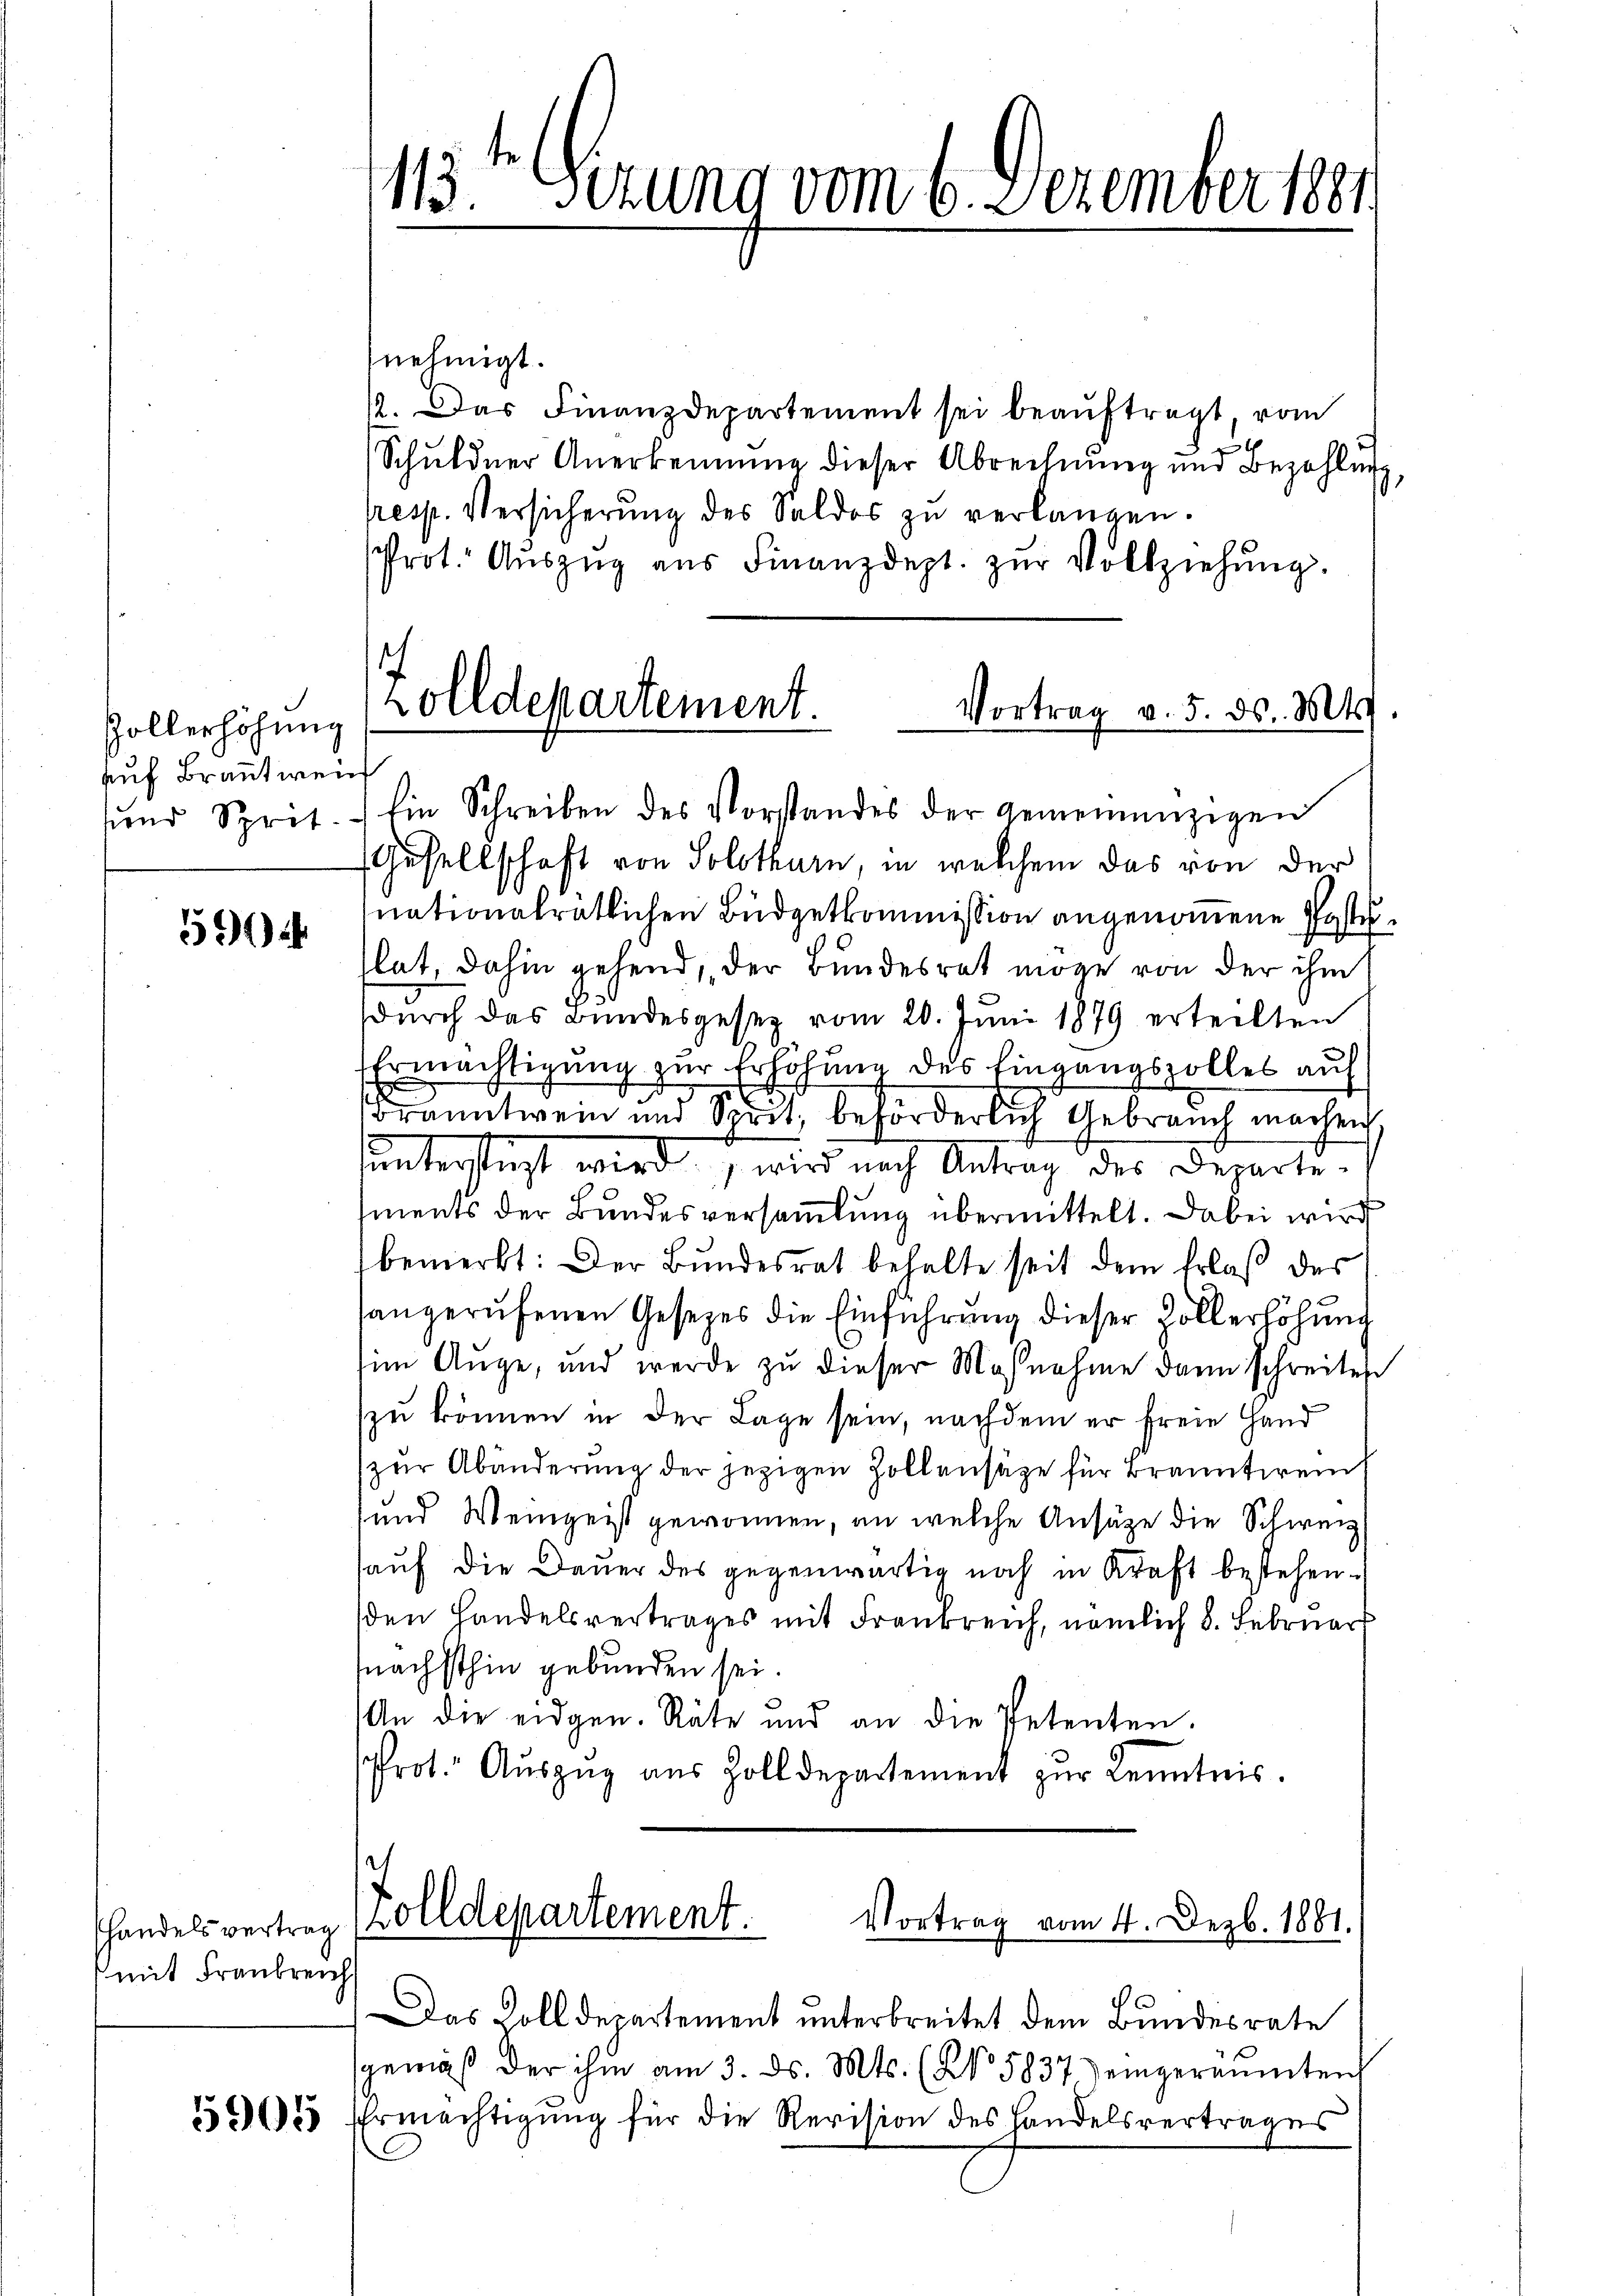
Zollerhöhung
Auf Branntweich

3)

mit Frankreich

113ten Gerung vom 6. Dezember 1881

nehmigt.
1. Das Finanzdepartement sei beaŭftragt, vom
Schŭldner Anerkennung dieser Abrechnŭng und Bezahlŭng
rresp. Versicherŭng des Saldos zŭ verlangen.
Prot. Auszug aus Finanzdept. zŭr Vollziehung.

olldepartement.
Vortrag v. 5. ds. Mts.

und Sprit. Ein Schreiben des Vorstandes der gemeinenzigen
Gesellschaft von Solothurn, in welchem das von der
nationalrätlichen Büdgetkommission angenommene Gasteflat, dahin gehend, der Bundesrat möge von der ihm
durch das Bundesgesetz vom 20. Juni 1879 erteilten
Ermächtigung zur Erhöhung des Eingangszolles auf
E
Branntwein und Sprit, beförderlich Gebrauch machen,
sunterstüzt wird, wird nach Antrag des Departements der Bundesversammlung übermittelt. Dabei wird
bemerkt: Der Bŭndesrat behalte seit dem Erlaβ der
sangerufenen Gesetzes die Einführung dieser Zollerhöhung
im Auge, und werde zu dieser Maßnahme dann schreiten
zu können in der Lage sein, nachdem er freie Hand
zur Abänderung der jezigen Zollensätze für Brannterein
und Weingeist gewonnen, an welche Ansätze die Schweiz
hauf die Dauer des gegenwärtig noch in Kraft bestehen.
den Handelsvertrages mit Frankreich, nämlich 8. Februar
nächsthin gebunden sei.
An die eidgen. Räte und an die Petenten.
Prot. Auszug aus Zolldepartement zur Kenntnis.

handelsvertrag (Zolldepartement.
Vortrag vom 4. Dezb. 1881.

Das Colldepartement unterbreitet dem Bundesrate
sgemäβ der ihm am 3. ds. Mts. (N. 5837) eingeräumten
3255 Ermächtigŭng für die Revision des Handelsvertrages